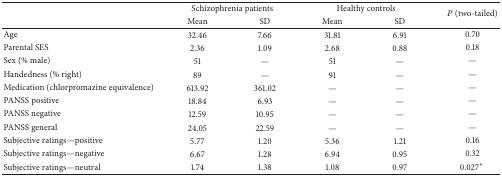
<table><thead><tr><td><b> </b></td><td colspan="2"><b>Schizophrenia patients</b></td><td colspan="2"><b>Healthy controls</b></td><td rowspan="2"><b><i>P</i> (two-tailed)</b></td></tr><tr><td><b> </b></td><td><b>Mean</b></td><td><b>SD</b></td><td><b>Mean</b></td><td><b>SD</b></td></tr></thead><tbody><tr><td>Age</td><td>32.46</td><td>7.66</td><td>31.81</td><td>6.91</td><td>0.70</td></tr><tr><td>Parental SES</td><td>2.36</td><td>1.09</td><td>2.68</td><td>0.88</td><td>0.18</td></tr><tr><td>Sex (% male)</td><td>51</td><td>—</td><td>51</td><td>—</td><td>—</td></tr><tr><td>Handedness (% right)</td><td>89</td><td>—</td><td>91</td><td>—</td><td>—</td></tr><tr><td>Medication (chlorpromazine equivalence)</td><td>613.92</td><td>361.02</td><td>—</td><td>—</td><td>—</td></tr><tr><td>PANSS positive</td><td>18.84</td><td>6.93</td><td>—</td><td>—</td><td>—</td></tr><tr><td>PANSS negative</td><td>12.59</td><td>10.95</td><td>—</td><td>—</td><td>—</td></tr><tr><td>PANSS general</td><td>24.05</td><td>22.59</td><td>—</td><td>—</td><td>—</td></tr><tr><td>Subjective ratings—positive</td><td>5.77</td><td>1.20</td><td>5.36</td><td>1.21</td><td>0.16</td></tr><tr><td>Subjective ratings—negative</td><td>6.67</td><td>1.28</td><td>6.94</td><td>0.95</td><td>0.32</td></tr><tr><td>Subjective ratings—neutral</td><td>1.74</td><td>1.38</td><td>1.08</td><td>0.97</td><td>0.027*</td></tr></tbody></table>